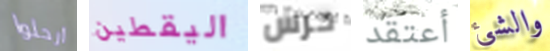
ارحلوا اليقطين حرس أعتقد والشئ